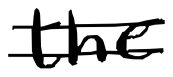
Text: the
Cross-out: mix
Writing tool: digital_black